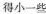
调得小一些